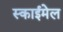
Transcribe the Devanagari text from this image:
स्काईमेल